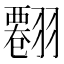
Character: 𦒘